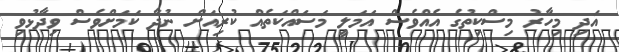
އަދި މިހާރު މިސްކިތުގެ އެއްވެސް އަމަލީ މަސައްކަތެއް ކުރިއަށް ނުދާ ކަމަށްވެސް ވިދާޅުވި